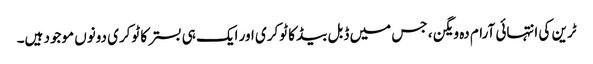
ٹرین کی انتہائی آرام دہ ویگن ، جس میں ڈبل بیڈ کا ٹوکری اور ایک ہی بستر کا ٹوکری دونوں موجود ہیں۔